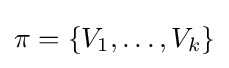
\pi =\{V_{1},\dots ,V_{k}\}